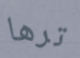
ترها